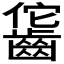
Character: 𪘕